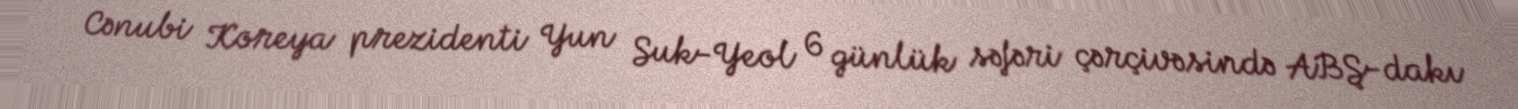
Cənubi Koreya prezidenti Yun Suk-Yeol 6 günlük səfəri çərçivəsində ABŞ-dakı